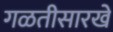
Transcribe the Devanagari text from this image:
गळतीसारखे